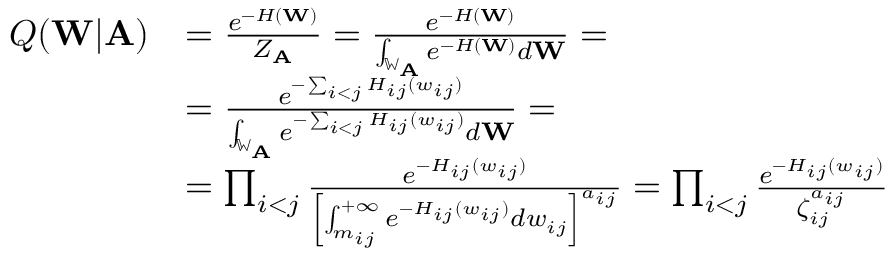
\begin{array} { r l } { Q ( \mathbf { W } | \mathbf { A } ) } & { = \frac { e ^ { - H ( \mathbf { W } ) } } { Z _ { \mathbf { A } } } = \frac { e ^ { - H ( \mathbf { W } ) } } { \int _ { \mathbb { W } _ { \mathbf { A } } } e ^ { - H ( \mathbf { W } ) } d \mathbf { W } } = } \\ & { = \frac { e ^ { - \sum _ { i < j } H _ { i j } ( w _ { i j } ) } } { \int _ { \mathbb { W } _ { \mathbf { A } } } e ^ { - \sum _ { i < j } H _ { i j } ( w _ { i j } ) } d \mathbf { W } } = } \\ & { = \prod _ { i < j } \frac { e ^ { - H _ { i j } ( w _ { i j } ) } } { \left[ \int _ { m _ { i j } } ^ { + \infty } e ^ { - H _ { i j } ( w _ { i j } ) } d w _ { i j } \right] ^ { a _ { i j } } } = \prod _ { i < j } \frac { e ^ { - H _ { i j } ( w _ { i j } ) } } { \zeta _ { i j } ^ { a _ { i j } } } } \end{array}